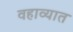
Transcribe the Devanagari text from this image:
वहाव्यात